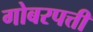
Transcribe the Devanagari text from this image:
गोबरपत्ती